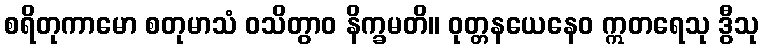
စရိတုကာမော စတုမာသံ ဝသိတွာဝ နိက္ခမတိ။ ဝုတ္တနယေနေဝ ဣတရေသု ဒွီသု